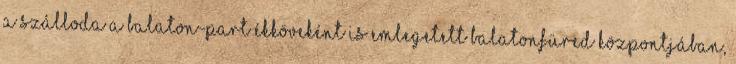
A szálloda a Balaton-part ékköveként is emlegetett Balatonfüred központjában,